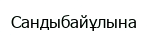
Сандыбайұлына